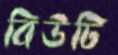
বিউটি